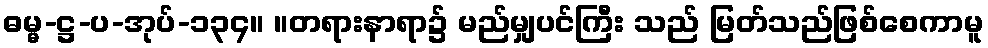
ဓမ္မ-ဋ္ဌ-ပ-အုပ်-၁၃၄။ ။တရားနာရာ၌ မည်မျှပင်ကြီး သည် မြတ်သည်ဖြစ်စေကာမူ